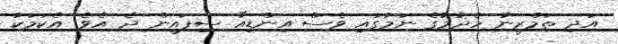
އަދި ތަމްރީނު ހެދުމުގެ ނަމުގައި ވެސް އިންޑިއާ ސިފައިން ދެ އެވެ. އެކަމަކު